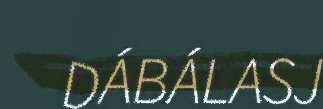
DÁBÁLASJ